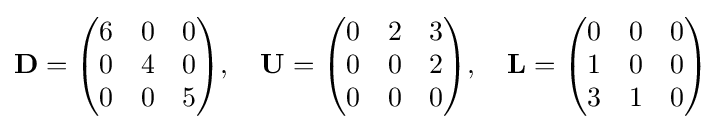
\mathbf {D} ={\begin{pmatrix}6&0&0\\0&4&0\\0&0&5\end{pmatrix}},\quad \mathbf {U} ={\begin{pmatrix}0&2&3\\0&0&2\\0&0&0\end{pmatrix}},\quad \mathbf {L} ={\begin{pmatrix}0&0&0\\1&0&0\\3&1&0\end{pmatrix}}